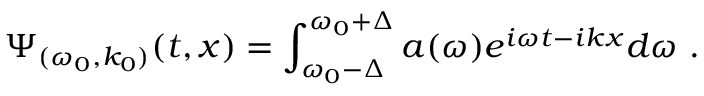
\Psi _ { ( \omega _ { 0 } , k _ { 0 } ) } ( t , x ) = \int _ { \omega _ { 0 } - \Delta } ^ { \omega _ { 0 } + \Delta } a ( \omega ) e ^ { i \omega t - i k x } d \omega ~ .